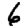
Digit: 6